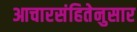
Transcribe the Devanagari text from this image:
आचारसंहितेनुसार